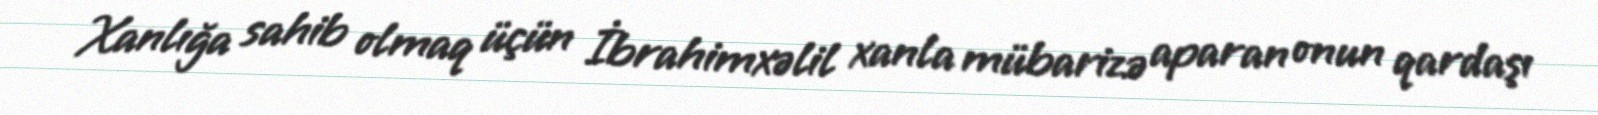
Xanlığa sahib olmaq üçün İbrahimxəlil xanla mübarizə aparan onun qardaşı